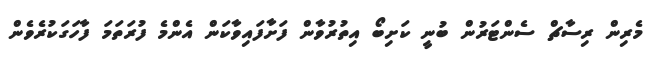
މެރިން ރިސާޗް ސެންޓަރުން ބުނީ ކަށިބޯ އިތުރުވާން ފަށާފައިވާކަން އެންމެ ފުރަތަމަ ފާހަގަކުރެވެން